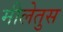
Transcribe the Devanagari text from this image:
मीलेतुस